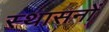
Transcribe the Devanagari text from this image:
स्थासनों